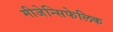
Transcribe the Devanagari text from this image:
मीजेन्सिफेलिक